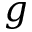
g